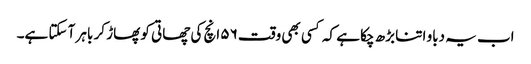
اب یہ دباو اتنا بڑھ چکا ہے کہ کسی بھی وقت ۵۶ انچ کی چھاتی کو پھاڑ کر باہر آ سکتا ہے۔